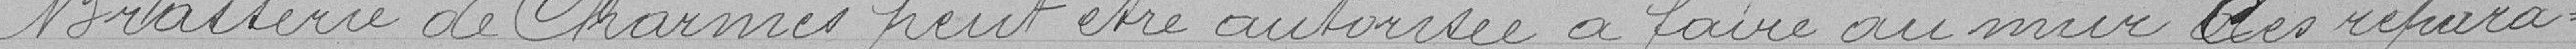
Brasserie des Charmes peut etre autorisée à faire au mur ces répara=